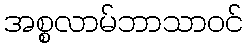
အစ္စလာမ်ဘာသာဝင်